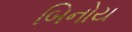
બિનોય